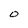
Character: O